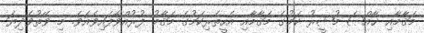
މަޤާމާއި ޚާއްޞަ މުޝީރު ކަމުގެ މަޤާމާއި އެހީތެރިކަމުގެ މަޤާމު ފުރުއްވާފައިވެއެވެ. މި ވޭތުވެދިޔަ